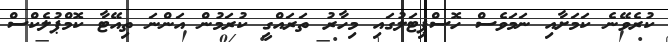
ކުރެވޭނެ ކަމަށާއި ނަމަވެސް ހޮސްޕިޓަލުގައި މިހާރު ތަރައްގީ ކުރަމުން އަންނަ ތިއޭޓާ ކޮމްޕުލެކްސް